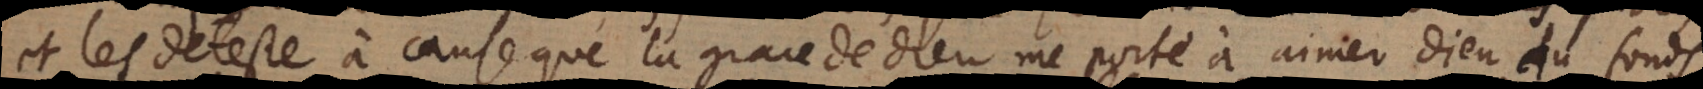
et les deteste à cause que la grace de Dieu me porte à aimer Dieu du fonds